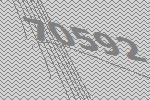
70592